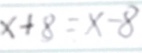
x + 8 = x - 8